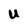
Character: U